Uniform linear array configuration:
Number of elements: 4
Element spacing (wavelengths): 0.5
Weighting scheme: uniform
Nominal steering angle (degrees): -30
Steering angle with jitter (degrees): -30.455
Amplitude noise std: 0.05
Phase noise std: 0.05

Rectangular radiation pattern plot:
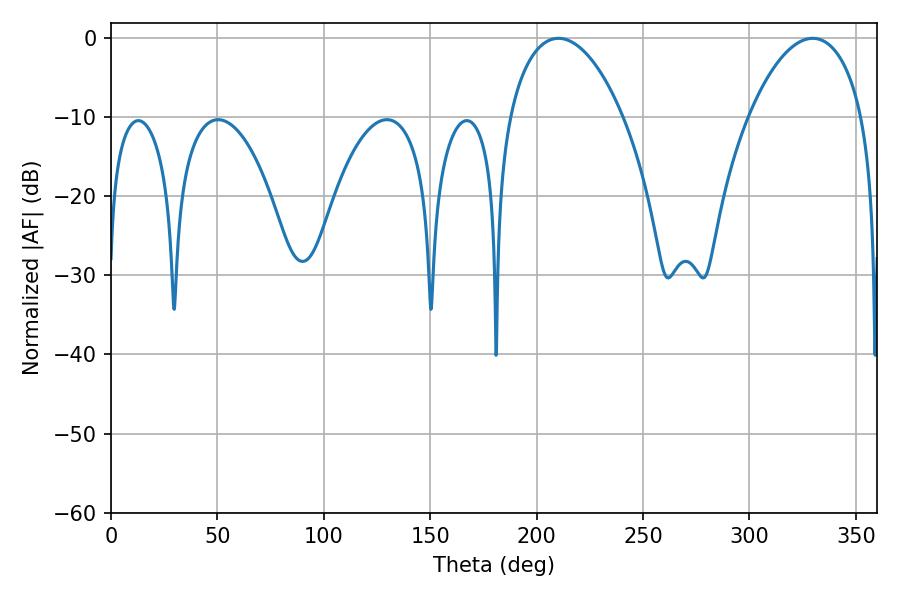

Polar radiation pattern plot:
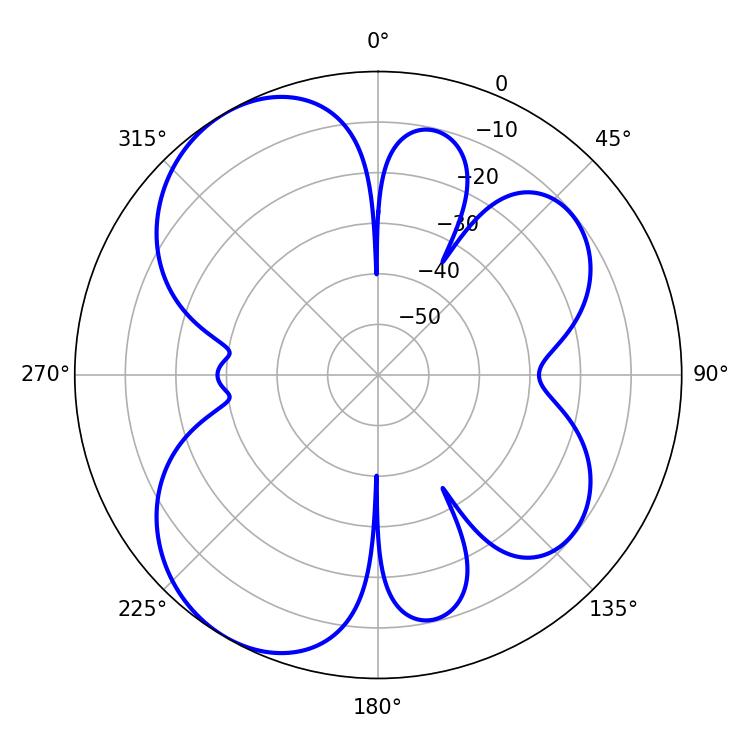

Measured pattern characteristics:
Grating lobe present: FALSE
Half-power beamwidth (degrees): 30.24
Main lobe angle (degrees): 329.76